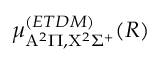
\mu _ { \mathrm { A } ^ { 2 } \Pi , \mathrm { X } ^ { 2 } \Sigma ^ { + } } ^ { ( E T D M ) } ( R )